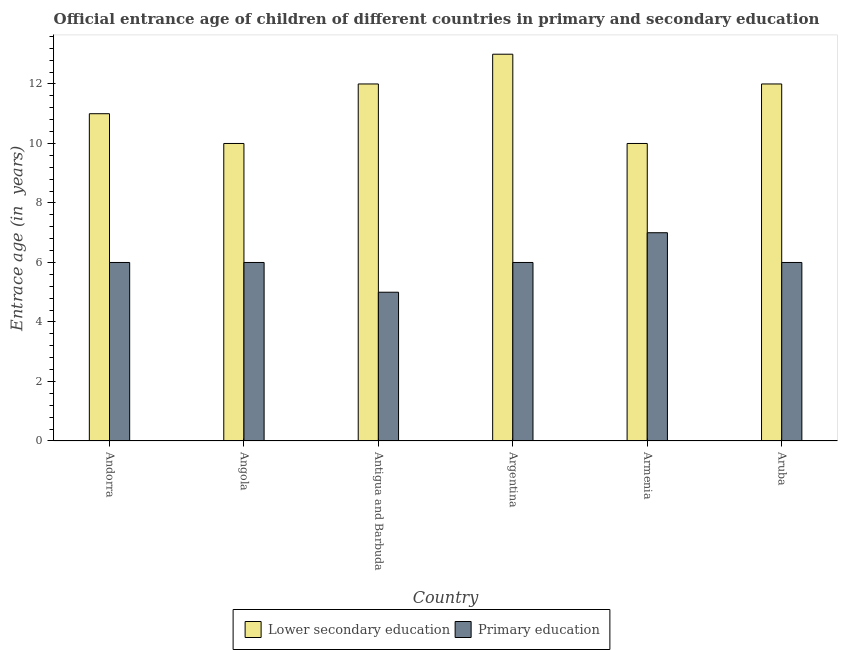
| Country | Lower secondary education | Primary education |
 | --- | --- | --- |
 | Andorra | 11 | 6 |
 | Angola | 10 | 6 |
 | Antigua and Barbuda | 12 | 5 |
 | Argentina | 13 | 6 |
 | Armenia | 10 | 7 |
 | Aruba | 12 | 6 |